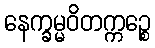
နေက္ခမ္မဝိတက္ကဉ္စေ